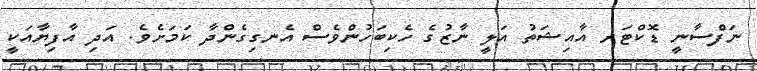
ނަފްސާނީ ޑޮކްޓަރ އާއިޝަތު އަލީ ނާޒުގެ ހެކިބަހުންވެސް އެނގިގެންދާ ކަމަށެވެ. އަދި އާފިޔާއަކީ